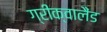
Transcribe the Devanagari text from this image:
ग्रीक्वालैंड